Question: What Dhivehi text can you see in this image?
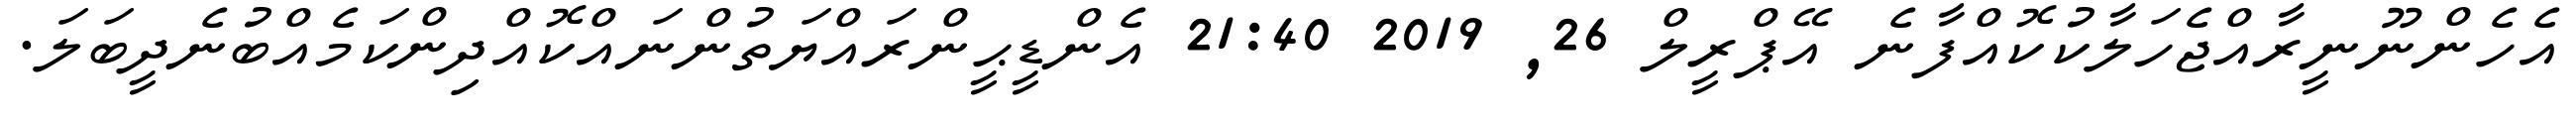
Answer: އެހެންނޫނީރާއްޖެހަލާކުކޮއްފާނެ އޭޕްރީލް 26, 2019 21:40 އެންޑީޙީންރައްޔަތުންނައްކޮއްދިންކަމެއްބުނެދީބަލަ.